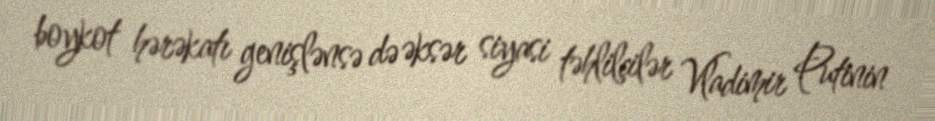
boykot hərəkatı genişlənsə də əksər siyasi təhlilçilər Vladimir Putinin